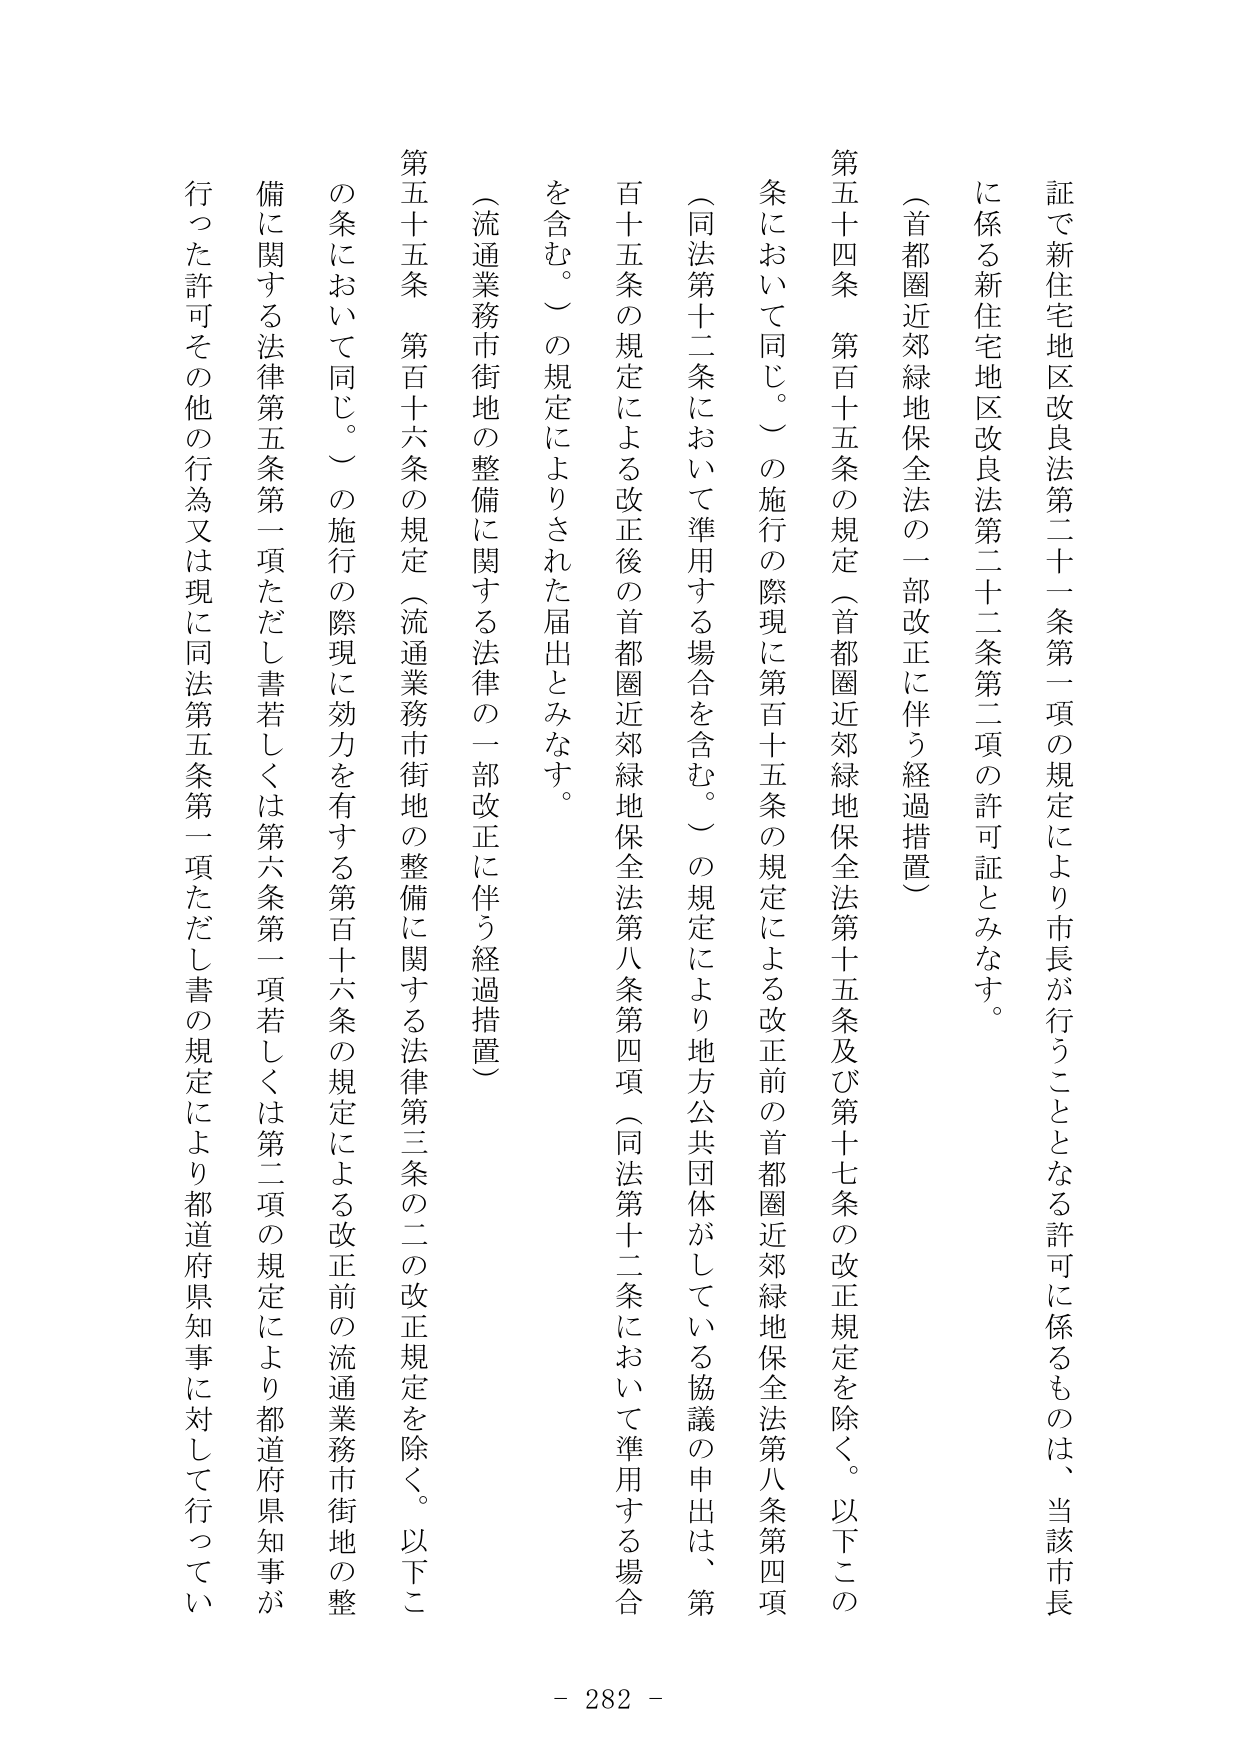
証で新住宅地区改良法第二十一条第一項の規定により市長が行うこととなる許可に係るもの は、当該市長
に係る新住宅地区改良法第二十二条第二項の許可証とみなす。
（首都圏近郊緑地保全法の一部改正に伴う経過措置）
第五十四条　第百十五条の規定（首都圏近郊緑地保全法第十五条及び第十七条の改正規定を除く。以下この
条において同じ。）の施行の際現に第百十五条の規定による改正前の首都圏近郊緑地保全法第八条第四項
（同法第十二条において準用する場合を含む。）の規定により地方公共団体がしている協議の申出は、第
百十五条の規定による改正後の首都圏近郊緑地保全法第八条第四項（同法第十二条において準用する場合
を含む。）の規定によりされた届出とみなす。
（流通業務市街地の整備に関する法律の一部改正に伴う経過措置）
第五十五条　第百十六条の規定（流通業務市街地の整備に関する法律第三条の二の改正規定を除く。以下こ
の条において同じ。）の施行の際現に効力を有する第百十六条の規定による改正前の流通業務市街地の整
備に関する法律第五条第一項ただし書若しくは第六条第一項若しくは第二項の規定により都道府県知事が
行った許可その他の行為又は現に同法第五条第一項ただし書の規定により都道府県知事に対して行ってい
- 282 -